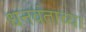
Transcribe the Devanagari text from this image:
धनवंताच्या